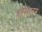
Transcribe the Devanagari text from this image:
येरोशलम